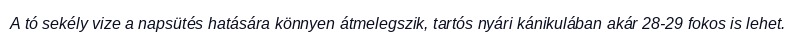
A tó sekély vize a napsütés hatására könnyen átmelegszik, tartós nyári kánikulában akár 28-29 fokos is lehet.